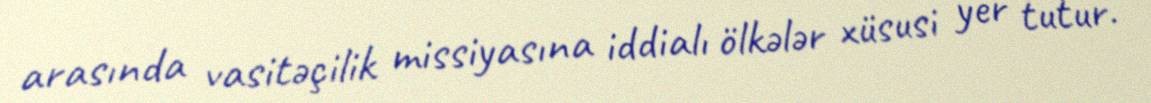
arasında vasitəçilik missiyasına iddialı ölkələr xüsusi yer tutur.